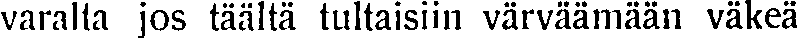
varalta jos täältä tultaisiin värväämään väkeä